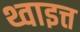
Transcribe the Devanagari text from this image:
थ्वाइत्त